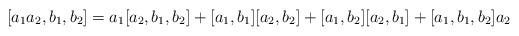
LaTeX: \begin{align*}[a_1 a_2, b_1, b_2] = a_1 [a_2, b_1, b_2] + [a_1, b_1][a_2, b_2] + [a_1, b_2][a_2, b_1] + [a_1, b_1, b_2] a_2\end{align*}